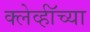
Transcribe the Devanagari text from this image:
क्लेर्व्हॉच्या